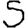
Digit: 5